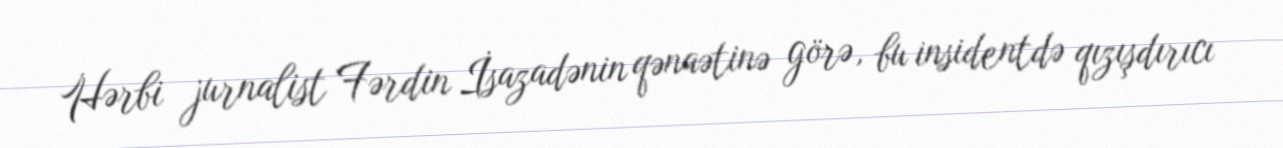
Hərbi jurnalist Fərdin İsazadənin qənaətinə görə, bu insidentdə qızışdırıcı